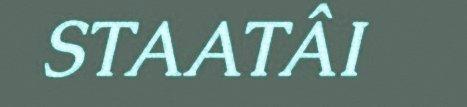
STAATÂI